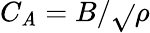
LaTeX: C_{\mathit{A}}=B/\sqrt{}{{\rho}}